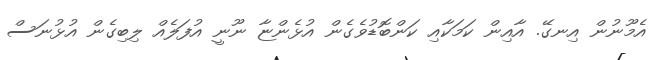
އެމޫނުން އިނގޭ. އާއިން ކަމަކާއި ކަންބޮޑުވެގެން އުޅެންޏާ ނޫނީ އުފަލެއް ލިބިގެން އުޅުނަސް